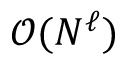
\mathcal { O } ( N ^ { \ell } )